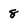
Character: 8